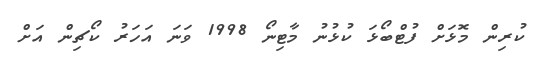
ކުރިން މޮޅަށް ފުޓްބޯޅަ ކުޅުނު މާޓިނޯ 1998 ވަނަ އަހަރު ކޯޗިން އަށް